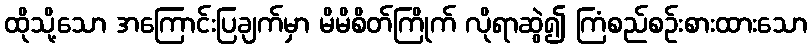
ထိုသို့သော အကြောင်းပြချက်မှာ မိမိစိတ်ကြိုက် လိုရာဆွဲ၍ ကြံစည်စဉ်းစားထားသော